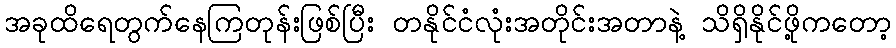
အခုထိရေတွက်နေကြတုန်းဖြစ်ပြီး တနိုင်ငံလုံးအတိုင်းအတာနဲ့ သိရှိနိုင်ဖို့ကတော့